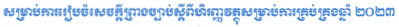
សម្រាប់ការរៀបចំសេចក្តីព្រាងច្បាប់ស្តីពីហិរញ្ញវត្ថុសម្រាប់ការគ្រប់គ្រងឆ្នាំ ២០២៣